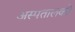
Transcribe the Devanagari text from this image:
अस्पतालको